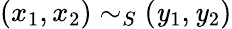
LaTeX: (x_{1},x_{2})\sim_{S}(\mathit{y}_{1},\mathit{y}_{2})